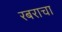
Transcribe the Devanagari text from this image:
रबराचा